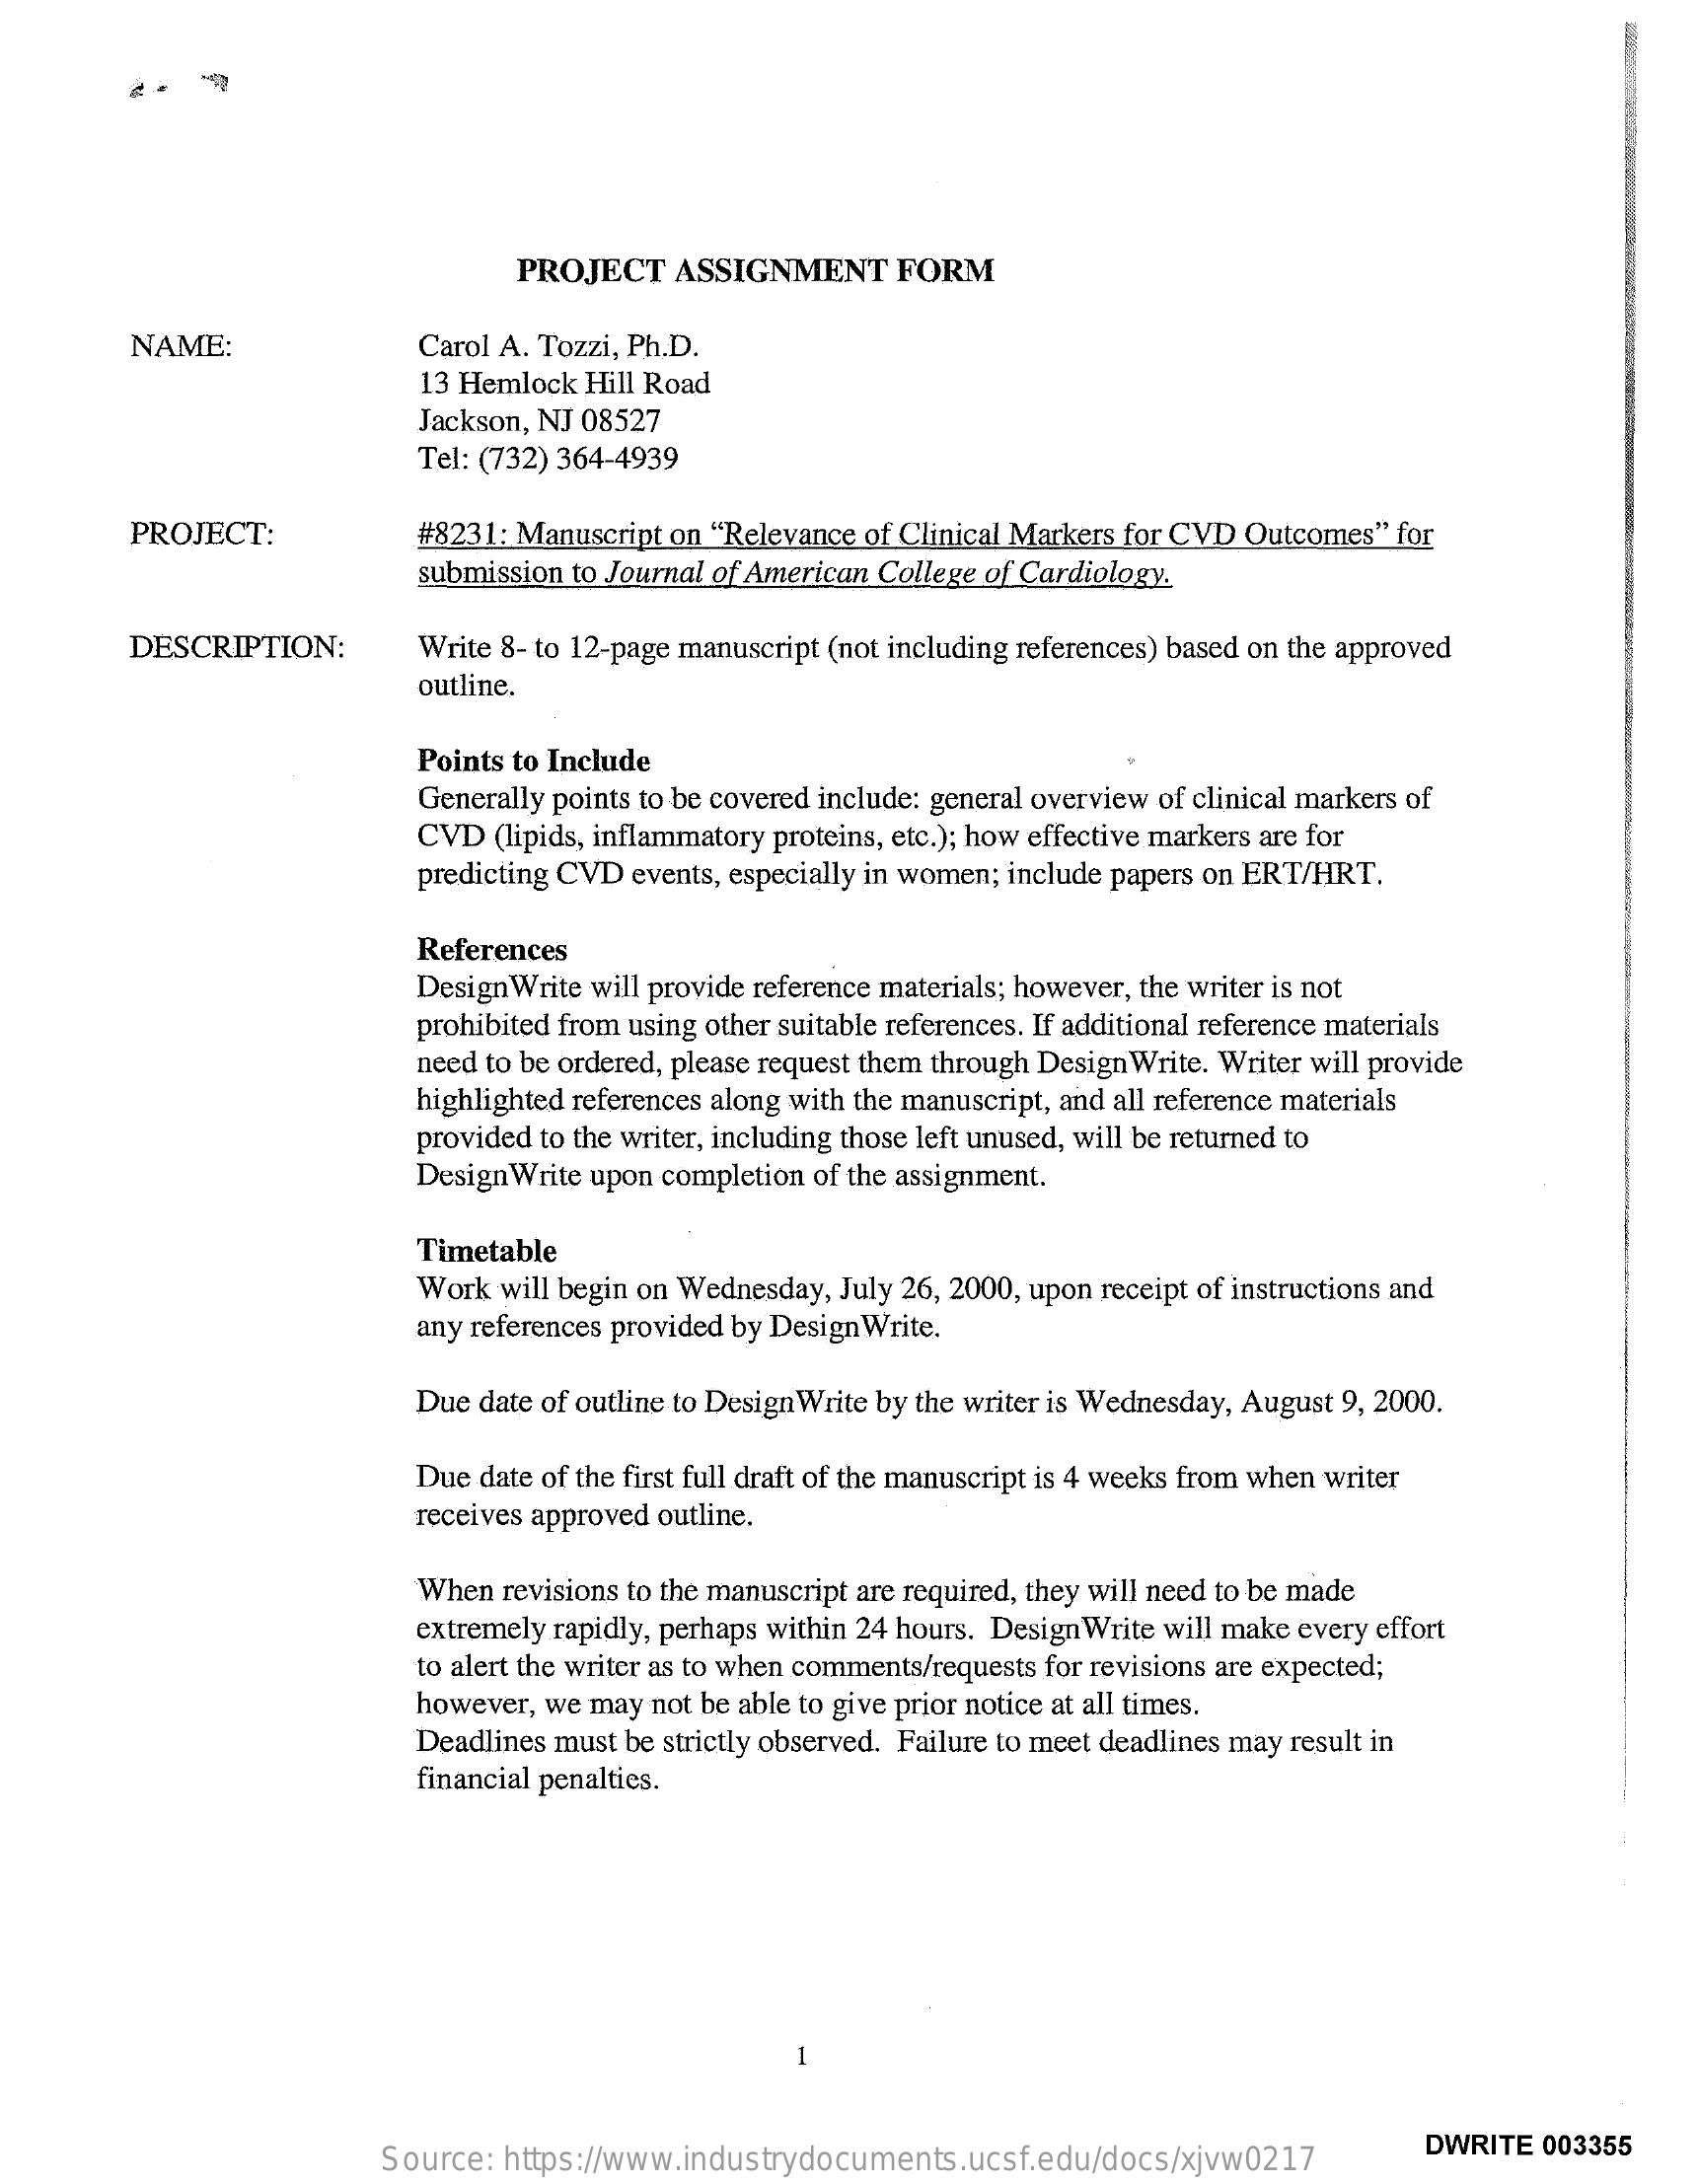
PROJECT   ASSIGNMENT   FORM
     NAME:    Carol A. Tozzi, Ph.D.
     13 Hemlock Hill Road
     Jackson, NJ 08527
     Tel: (732) 364-4939
     PROJECT:    #8231: Manuscript on "Relevance of Clinical Markers for CVD Outcomes" for
     submission to Journal of American College of Cardiology.
     DESCRIPTION:    Write 8- to 12-page manuscript (not including references) based on the approved
     outline.
     Points to Include
     Generally points to be covered include: general overview of clinical markers of
     CVD (lipids, inflammatory proteins, etc.); how effective markers are for
     predicting CVD events, especially in women; include papers on ERT/HRT.
     References
     Design Write will provide reference materials; however, the writer is not
     prohibited from using other suitable references. If additional reference materials
     need to be ordered, please request them through Design Write. Writer will provide
     highlighted references along with the manuscript, and all reference materials
     provided to the writer, including those left unused, will be returned to
     Design Write upon completion of the assignment.
     Timetable
     Work will begin on Wednesday, July 26, 2000, upon receipt of instructions and
     any references provided by DesignWrite.
     Due date of outline to DesignWrite by the writer is Wednesday, August 9, 2000.
     Due date of the first full draft of the manuscript is 4 weeks from when writer
     receives approved outline.
     When revisions to the manuscript are required, they will need to be made
     extremely rapidly, perhaps within 24 hours. Design Write will make every effort
     to alert the writer as to when comments/requests for revisions are expected;
     however, we may not be able to give prior notice at all times.
     Deadlines must be strictly observed. Failure to meet deadlines may result in
     financial penalties.
     Source: https://www.industrydocuments.ucsf.edu/docs/xjvw0217
     DWRITE 003355